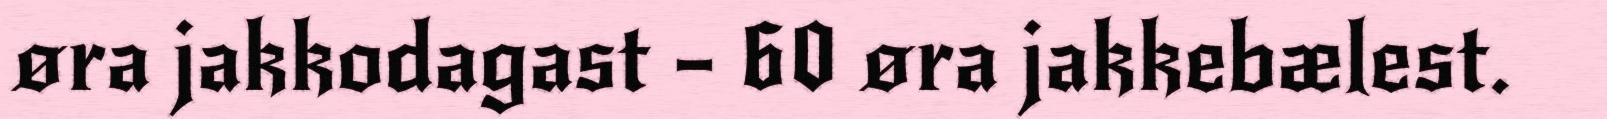
øra jakkodagast – 60 øra jakkebælest.